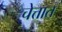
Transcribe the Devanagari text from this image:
चेत्तात